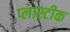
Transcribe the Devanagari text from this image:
प्लास्टीक